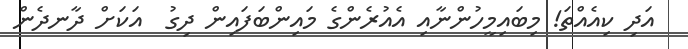
އަދި ކިއެއްތަ! މިބައިމީހުންނާއި އެއުރެންގެ މައިންބަފައިން ދިގު  އަކަށް ދާނދެން